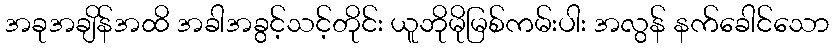
အခုအချိန်အထိ အခါအခွင့်သင့်တိုင်း ယူဘိုမိုမြစ်ကမ်းပါး အလွန် နက်ခေါင်သော